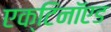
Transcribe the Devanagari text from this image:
एक्टिनॉएड